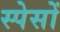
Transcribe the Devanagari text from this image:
स्पेसों